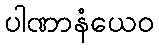
ပါဏာနံယေဝ